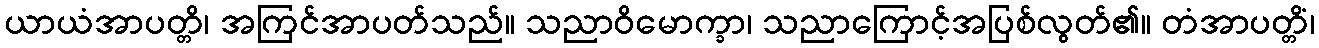
ယာယံအာပတ္တိ၊ အကြင်အာပတ်သည်။ သညာဝိမောက္ခာ၊ သညာကြောင့်အပြစ်လွတ်၏။ တံအာပတ္တိံ၊